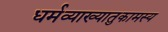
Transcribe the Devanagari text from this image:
धर्मव्याख्यातुकामस्य